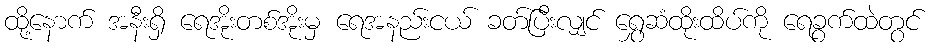
ထို့နောက် အနီးရှိ ရေအိုးတစ်အိုးမှ ရေအနည်းငယ် ခတ်ပြီးလျှင် ရွှေဆံထိုးထိပ်ကို ရေခွက်ထဲတွင်